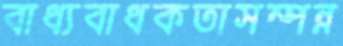
বাধ্যবাধকতাসম্পন্ন